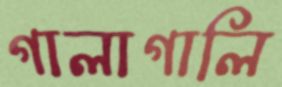
গালাগালি